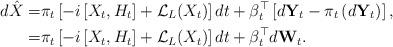
LaTeX: \begin{align*}d\hat{X} = & \pi_t \left[ -i \left[X_t,H_t\right] + \mathcal{L}_L(X_t)\right] dt+ \beta_t^{\top} \left[d\mathbf{Y}_t - \pi_t \left(d\mathbf{Y}_t\right)\right],\\ = & \pi_t \left[ -i \left[X_t,H_t\right] + \mathcal{L}_L(X_t)\right] dt+ \beta_t^{\top} d\mathbf{W}_t.\end{align*}